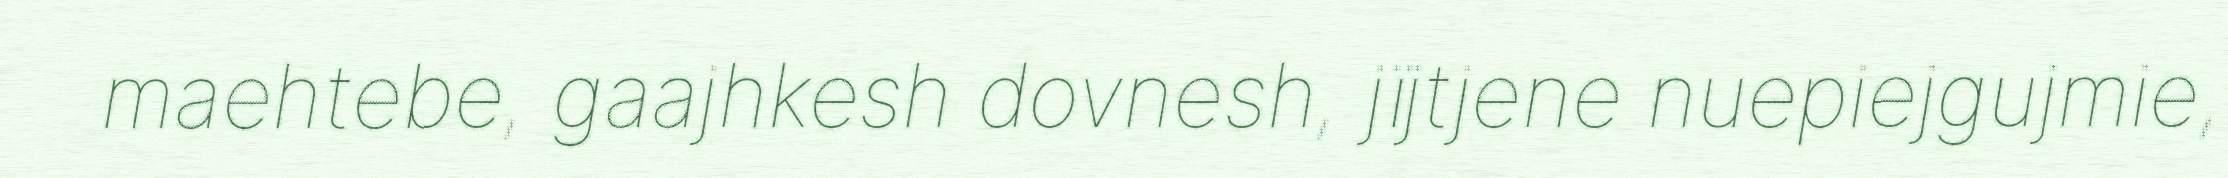
maehtebe, gaajhkesh dovnesh, jïjtjene nuepiejgujmie,